Papers set at the Examination for Leaving Certificates, 1893
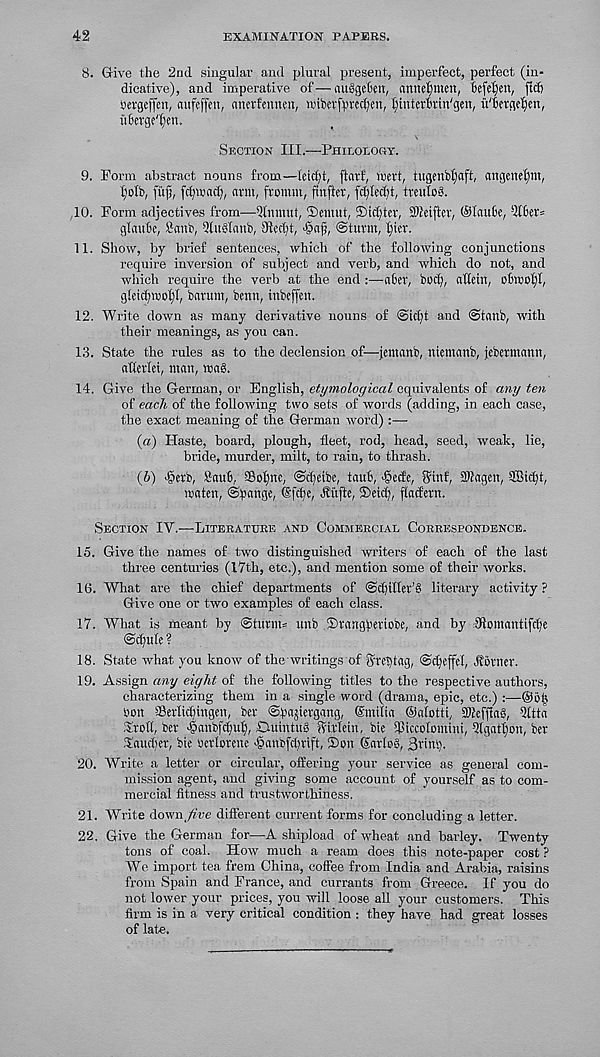
42
EXAMINATION PAPERS.
8. Give the 2nd singular and plural present, imperfect, perfect (in-
dicative), and imperative of—auggehw, annefimen, hefefyen, fid)
Scrgeffen, aufeffeu, anerfmnnt, wibcrfprc^en, tfiutcrl'rin'gen, ii'hevge^en,
iiherge'ifen.
Section III.—Philology.
9. Form abstract nouns from—Ieid;t, ftcirf, inert, tugenbfjaft, nngenelfin,
liolb, fitf, fc^mnd), arm, frmmn, finfter, fd;Ied)t, treulog.
10. Form adjectives from—Qinmut, ®emut, ©tester, 2>leifter, ©lauOe, ! K6er=
gtauSe, 8anb, Qluglanb, 9ied;t,
Sturm, l;ier.
11. Show, by brief sentences, which of the following conjunctions
require inversion of subject and verb, and which do not, and
which require the verb at the end :—-aber, bod?, attein, obmof)!,
gieidjWbJI, barum, bemt, inbeffen.
12. Write down as many derivative nouns of @id?t and <Stanb, with
their meanings, as you can.
13. State the rules as to the declension of—jemnnb, niemnub, jebermann,
aHetlet, man, mag.
14. Give the German, or English, etymological equivalents of any ten
of each of the following two sets of words (adding, in each case,
the exact meaning of the German word) :—
(a) Haste, board, plough, fleet, rod, head, seed, weak, lie,
bride, murder, milt, to rain, to thrash.
(h) ■gerb, Saub, 93of?nc, @d)etbe, tau'6, gede, ginf, 3kagen, ©ic^t,
maten, @f)ange, (Sfd?c, ^ilfte, ©eid), flacfern.
Section IV.—Literature and Commercial Correspondence.
15. Give the names of two distinguished writers of each of the last
three centuries (17th, etc.), and mention some of their works.
16. What are the chief departments of ©djiller’g literary activity ?
Give one or two examples of each class.
17. What is meant by @turm= unb ©rangf'eviobe, and by fftomantifdje
@d?ule ?
18. State what you know of the writings of greljtag, ©djeffel, Horner.
19. Assign any eight of the following titles to the respective authors,
characterizing them in a single word (drama, epic, etc.) :—®o£
bon SSerlicf;ingen, ber ©pajiergang, Gntilia Oalotti, Stkefflag, 9ltta
©roll, ber ganbfd?ul), OuintuS Wlrlein, bie iPiccolomini, Qlgaflion, ber
Saudjer, bic berlorene ganbfdjrift, ©on Sarlog, 3rins?.
20. Write a letter or circular, offering your service as general com-
mission agent, and giving some account of yourself as to com-
mercial fitness and trustworthiness.
21. Write down /Xve different current forms for concluding a letter.
22. Give the German for—A shipload of wheat and barley. Twenty
tons of coal. How much a ream does this note-paper cost ?
We import tea frem China, coffee from India and Arabia, raisins
from Spain and France, and currants from Greece. If you do
not lower your prices, you will loose all your customers. This
firm is in a very critical condition : they have had great losses
of late.